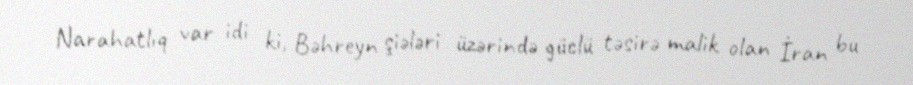
Narahatlıq var idi ki, Bəhreyn şiələri üzərində güclü təsirə malik olan İran bu